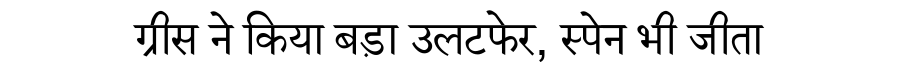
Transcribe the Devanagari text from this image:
ग्रीस ने किया बड़ा उलटफेर, स्पेन भी जीता